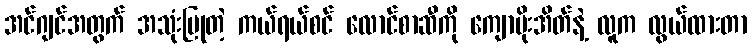
အင်ဂျင်အတွက် အသုံးပြုတဲ့ ကယ်ရယ်စင် လောင်စာဆီကို ကျောပိုးအိတ်နဲ့ လူက လွယ်ထားတာ